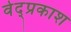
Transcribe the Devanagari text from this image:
वेद्प्रकाश